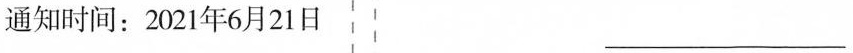
通知时间：2021年6月21日 ___